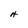
Character: H